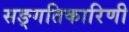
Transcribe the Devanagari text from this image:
सङ्गतिकारिणी